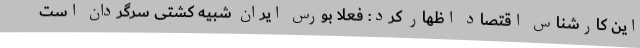
این کارشناس اقتصاد اظهار کرد: فعلاً بورس ایران شبیه کشتی سرگردان است